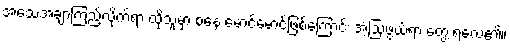
အသေအချာကြည့်လိုက်ရာ ထိုသူမှာ စနေ မောင်မောင်ဖြစ်ကြောင်း အံ့ဩဖွယ်ရာ တွေ့ ရလေ၏။